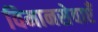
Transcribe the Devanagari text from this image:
विमानसेवाएँ